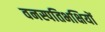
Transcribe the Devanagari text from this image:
वनस्पतिभक्षियों